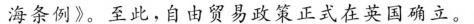
海条例》。至此，自由贸易政策正式在英国确立。